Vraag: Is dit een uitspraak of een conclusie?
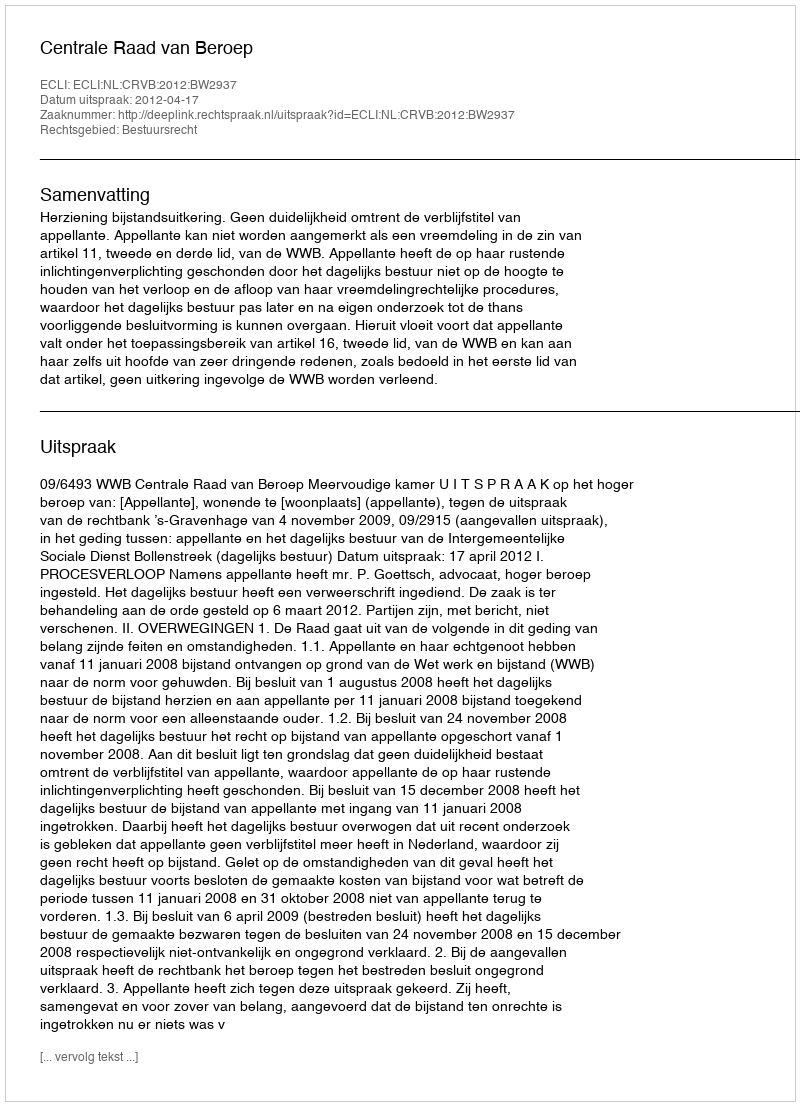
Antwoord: Uitspraak